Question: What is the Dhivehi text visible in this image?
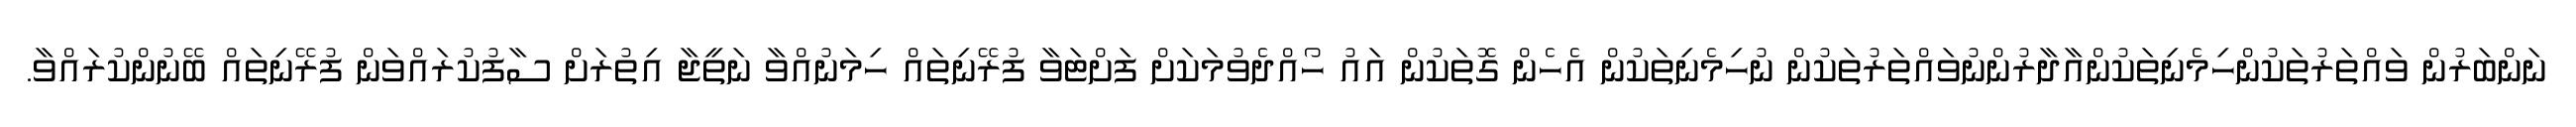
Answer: ނަންބަރުން ވައްތަރުތަކުންހިމެނިތަކުންއާދާރުންނުވައްތަރުތަކުން ނުހިމެނިތަކުން އެހެން ގޮތަކުން އައު ހޯއްދެވުމަކަށް ފަށްޓަވާ ފުރޭނިތައް ހިމަނުއްވާ ނަތީޖާ އިތުރަށް ސާފުކުރައްވަން ފުރޭނިތައް ބޭނުންކުރައްވާ.